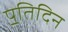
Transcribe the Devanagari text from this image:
प॒तिदिन